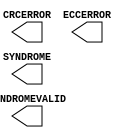
module FRAME_ECC_VIRTEX5 (
	CRCERROR,
	ECCERROR,
	SYNDROME,
	SYNDROMEVALID
);

output CRCERROR;
output ECCERROR;
output SYNDROMEVALID;
output [11:0] SYNDROME;

specify
	specparam PATHPULSE$ = 0;
endspecify

endmodule